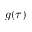
g ( \tau )